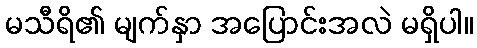
မသီရိ၏ မျက်နှာ အပြောင်းအလဲ မရှိပါ။